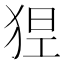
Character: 𤞾